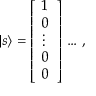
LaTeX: | s \rangle = { \left[ \begin{array} { l } { 1 } \\ { 0 } \\ { \vdots } \\ { 0 } \\ { 0 } \end{array} \right] } \, \ldots \, ,